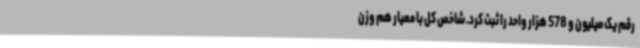
رقم یک میلیون و 578 هزار واحد را ثبت کرد. شاخص کل با معیار هم وزن